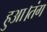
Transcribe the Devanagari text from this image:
हुआ।तंग